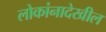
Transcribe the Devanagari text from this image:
लोकांनादेखील